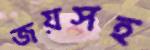
জয়সহ